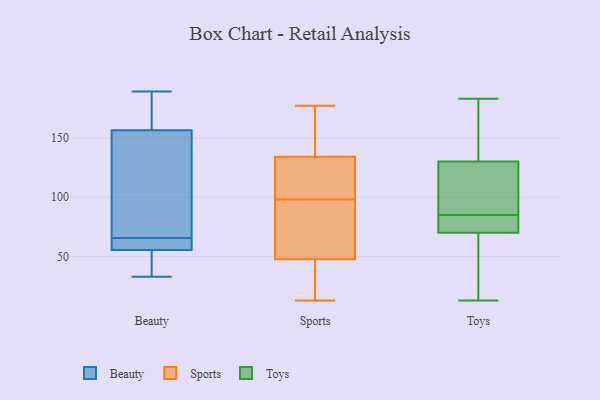
{"axis": {"x": "Website Visitors", "y": "Value"}, "legend": ["Beauty", "Sports", "Toys"], "data": [{"x": "", "y": 174, "type": "Beauty"}, {"x": "", "y": 189, "type": "Beauty"}, {"x": "", "y": 163, "type": "Beauty"}, {"x": "", "y": 131, "type": "Beauty"}, {"x": "", "y": 55, "type": "Beauty"}, {"x": "", "y": 150, "type": "Beauty"}, {"x": "", "y": 56, "type": "Beauty"}, {"x": "", "y": 70, "type": "Beauty"}, {"x": "", "y": 57, "type": "Beauty"}, {"x": "", "y": 46, "type": "Beauty"}, {"x": "", "y": 33, "type": "Beauty"}, {"x": "", "y": 61, "type": "Beauty"}, {"x": "", "y": 127, "type": "Sports"}, {"x": "", "y": 119, "type": "Sports"}, {"x": "", "y": 13, "type": "Sports"}, {"x": "", "y": 157, "type": "Sports"}, {"x": "", "y": 98, "type": "Sports"}, {"x": "", "y": 35, "type": "Sports"}, {"x": "", "y": 177, "type": "Sports"}, {"x": "", "y": 41, "type": "Sports"}, {"x": "", "y": 80, "type": "Sports"}, {"x": "", "y": 115, "type": "Sports"}, {"x": "", "y": 155, "type": "Sports"}, {"x": "", "y": 89, "type": "Sports"}, {"x": "", "y": 50, "type": "Sports"}, {"x": "", "y": 81, "type": "Toys"}, {"x": "", "y": 133, "type": "Toys"}, {"x": "", "y": 179, "type": "Toys"}, {"x": "", "y": 18, "type": "Toys"}, {"x": "", "y": 78, "type": "Toys"}, {"x": "", "y": 82, "type": "Toys"}, {"x": "", "y": 31, "type": "Toys"}, {"x": "", "y": 183, "type": "Toys"}, {"x": "", "y": 13, "type": "Toys"}, {"x": "", "y": 24, "type": "Toys"}, {"x": "", "y": 65, "type": "Toys"}, {"x": "", "y": 114, "type": "Toys"}, {"x": "", "y": 180, "type": "Toys"}, {"x": "", "y": 122, "type": "Toys"}, {"x": "", "y": 75, "type": "Toys"}, {"x": "", "y": 175, "type": "Toys"}, {"x": "", "y": 113, "type": "Toys"}, {"x": "", "y": 88, "type": "Toys"}, {"x": "", "y": 127, "type": "Toys"}, {"x": "", "y": 81, "type": "Toys"}]}